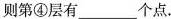
则第④层有___个点.